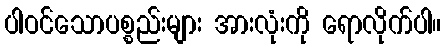
ပါဝင်သောပစ္စည်းများ အားလုံးကို ရောလိုက်ပါ။